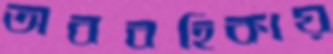
অববহিকায়